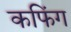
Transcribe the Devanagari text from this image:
कफिंग